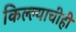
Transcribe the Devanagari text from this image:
किल्ल्याचीही